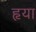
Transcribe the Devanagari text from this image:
हृया